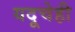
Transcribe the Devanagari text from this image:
यदूचेही